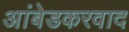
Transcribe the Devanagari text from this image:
अांबेडकरवाद